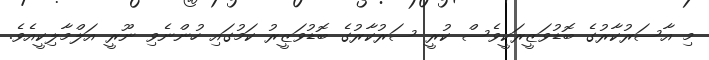
މި އާސަރުކާރުގެ ބޮޑުވަޒީރަކީވެސް ކުރީ ސަރުކާރުގެ ބޮޑުވަޒީރު ކަމުގައި ހުންނެވި ނޫރީ އަލްމާލިކީއެވެ.